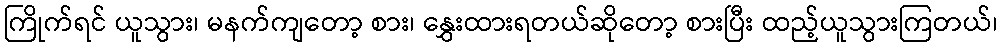
ကြိုက်ရင် ယူသွား၊ မနက်ကျတော့ စား၊ နွှေးထားရတယ်ဆိုတော့ စားပြီး ထည့်ယူသွားကြတယ်၊